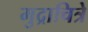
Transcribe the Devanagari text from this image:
मुद्राचित्रे